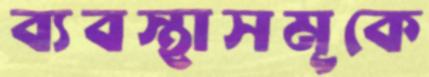
ব্যবস্থাসমূকে